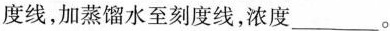
度线，加蒸馏水至刻度线，浓度___。